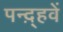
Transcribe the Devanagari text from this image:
पन्द़्हवें